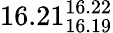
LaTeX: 16.21_{16.19}^{16.22}